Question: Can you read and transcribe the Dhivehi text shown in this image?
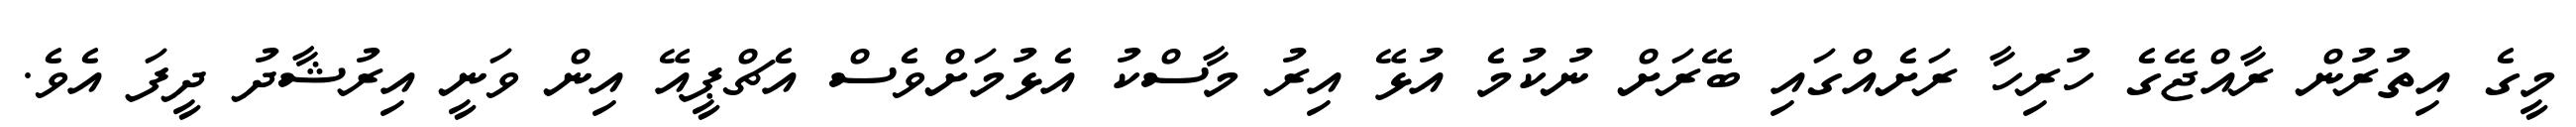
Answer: މީގެ އިތުރުން ރާއްޖޭގެ ހުރިހާ ރަށެއްގައި ބޭރަށް ނުކުމެ އުޅޭ އިރު މާސްކު އެޅުމަށްވެސް އެޗްޕީއޭ އިން ވަނީ އިރުޝާދު ދީފަ އެވެ.